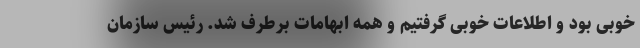
خوبی بود و اطلاعات خوبی گرفتیم و همه ابهامات برطرف شد. رئیس سازمان